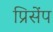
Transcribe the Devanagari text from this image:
प्रिसेंप